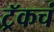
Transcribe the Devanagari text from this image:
ट्रॅकचं